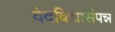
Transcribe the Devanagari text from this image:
वेदविद्यासंपन्न